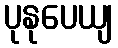
ပုနုပေယျ